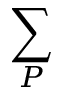
\sum _ { P }